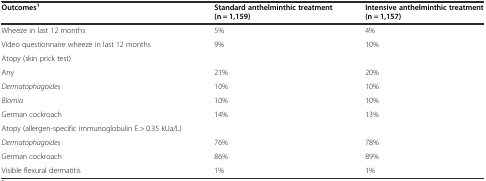
<table><thead><tr><td><b>Outcomes<sup>1</sup></b></td><td><b>Standard anthelminthic treatment (n = 1,159)</b></td><td><b>Intensive anthelminthic treatment (n = 1,157)</b></td></tr></thead><tbody><tr><td>Wheeze in last 12 months</td><td>5%</td><td>4%</td></tr><tr><td>Video questionnaire wheeze in last 12 months</td><td>9%</td><td>10%</td></tr><tr><td>Atopy (skin prick test)</td><td></td><td></td></tr><tr><td>Any</td><td>21%</td><td>20%</td></tr><tr><td><i>Dermatophagoides</i></td><td>10%</td><td>10%</td></tr><tr><td><i>Blomia</i></td><td>10%</td><td>10%</td></tr><tr><td>German cockroach</td><td>14%</td><td>13%</td></tr><tr><td>Atopy (allergen-specific immunoglobulin E &gt; 0.35 kUa/L)</td><td></td><td></td></tr><tr><td><i>Dermatophagoides</i></td><td>76%</td><td>78%</td></tr><tr><td>German cockroach</td><td>86%</td><td>89%</td></tr><tr><td>Visible flexural dermatitis</td><td>1%</td><td>1%</td></tr></tbody></table>